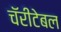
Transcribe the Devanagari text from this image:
चॅरीटेबल